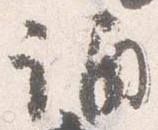
誦